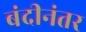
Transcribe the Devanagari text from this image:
बंदीनंतर